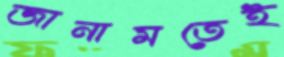
জানামতেই